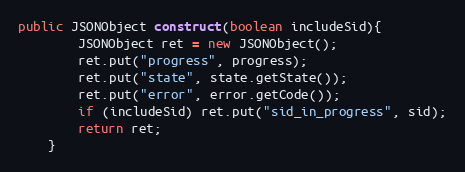
Language: Java
public JSONObject construct(boolean includeSid){
        JSONObject ret = new JSONObject();
        ret.put("progress", progress);
        ret.put("state", state.getState());
        ret.put("error", error.getCode());
        if (includeSid) ret.put("sid_in_progress", sid);
        return ret;
    }